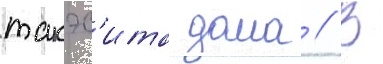
такэс'ита дома // В